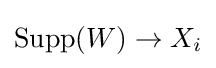
\operatorname {Supp} (W)\to X_{i}